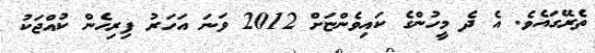
ތެރޭގައެވެ. އެ ދެ މީހުންގެ ކައިވެންޏަށް 2012 ވަނަ އަހަރު ފިރިހެން ކުއްޖަކު